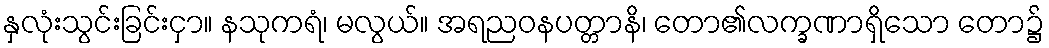
နှလုံးသွင်းခြင်းငှာ။ နသုကရံ၊ မလွယ်။ အရညဝနပတ္တာနိ၊ တော၏လက္ခဏာရှိသော တော၌